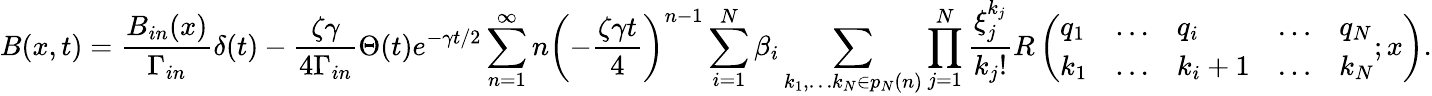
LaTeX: B(x,t)=\frac{B_{in}(x)}{\Gamma_{in}}\delta(t)-\frac{\zeta\gamma}{4\Gamma_{in}}\Theta(t)e^{-\gamma t/2}\sum_{n=1}^{\infty}n\left(-\frac{\zeta\gamma t}{4}\right)^{n-1}\sum_{i=1}^{N}\beta_{i}\sum_{k_{1},\ldots k_{N}\in p_{N}(n)}\prod_{j=1}^{N}\frac{\xi_{j}^{k_{j}}}{k_{j}!}R\left(\begin{array}{lllll}{q_{1}}&{\ldots}&{q_{i}}&{\ldots}&{q_{N}}\\ {k_{1}}&{\ldots}&{k_{i}+1}&{\ldots}&{k_{N}}\end{array};x\right).